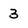
Character: 3